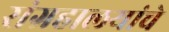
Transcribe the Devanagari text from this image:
संग्रहालयांचे